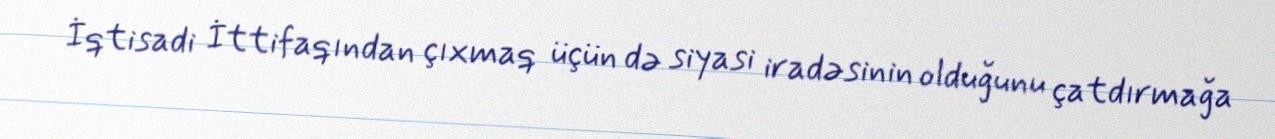
İqtisadi İttifaqından çıxmaq üçün də siyasi iradəsinin olduğunu çatdırmağa